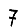
Digit: 7